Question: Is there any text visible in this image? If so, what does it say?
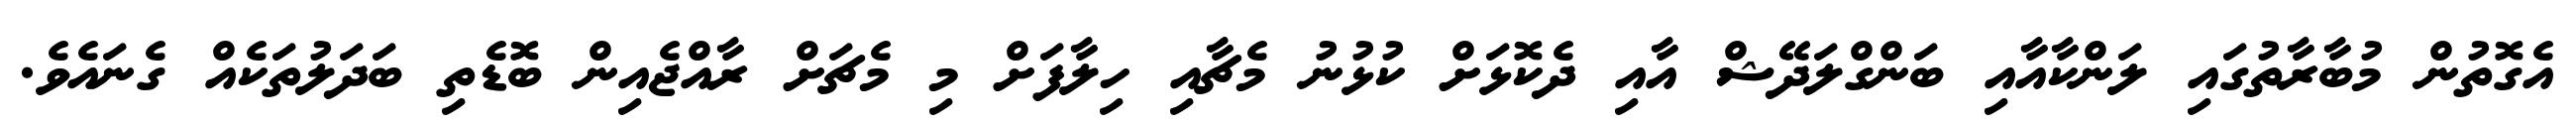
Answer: އެގޮތުން މުބާރާތުގައި ލަންކާއާއި ބަންގްލަދޭޝް އާއި ދެކޮޅަށް ކުޅުނު މެޗާއި ހިލާފަށް މި މެޗަށް ރާއްޖެއިން ބޮޑެތި ބަދަލުތަކެއް ގެނައެވެ.